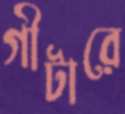
গীটারে